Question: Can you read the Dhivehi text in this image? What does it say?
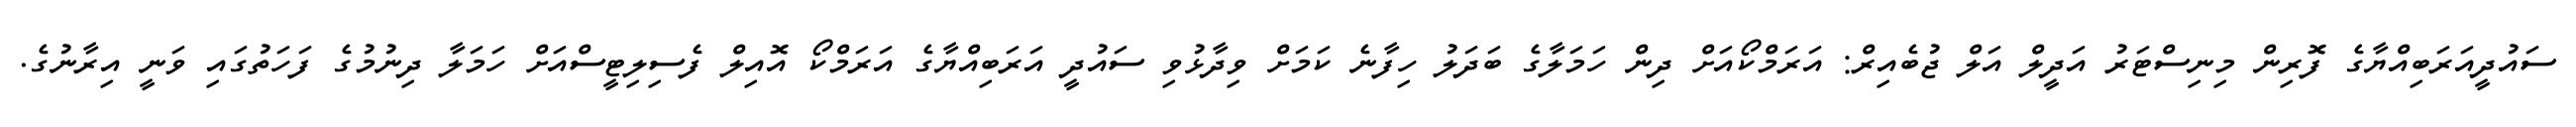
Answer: ސައުދީއަރަބިއްޔާގެ ފޮރިން މިނިސްޓަރު އަދީލް އަލް ޖުބެއިރް: އަރަމްކޯއަށް ދިން ހަމަލާގެ ބަދަލު ހިފާނެ ކަމަށް ވިދާޅުވި ސައުދީ އަރަބިއްޔާގެ އަރަމްކޯ އޮއިލް ފެސިލިޓީސްއަށް ހަމަލާ ދިނުމުގެ ފަހަތުގައި ވަނީ އިރާނުގެ.